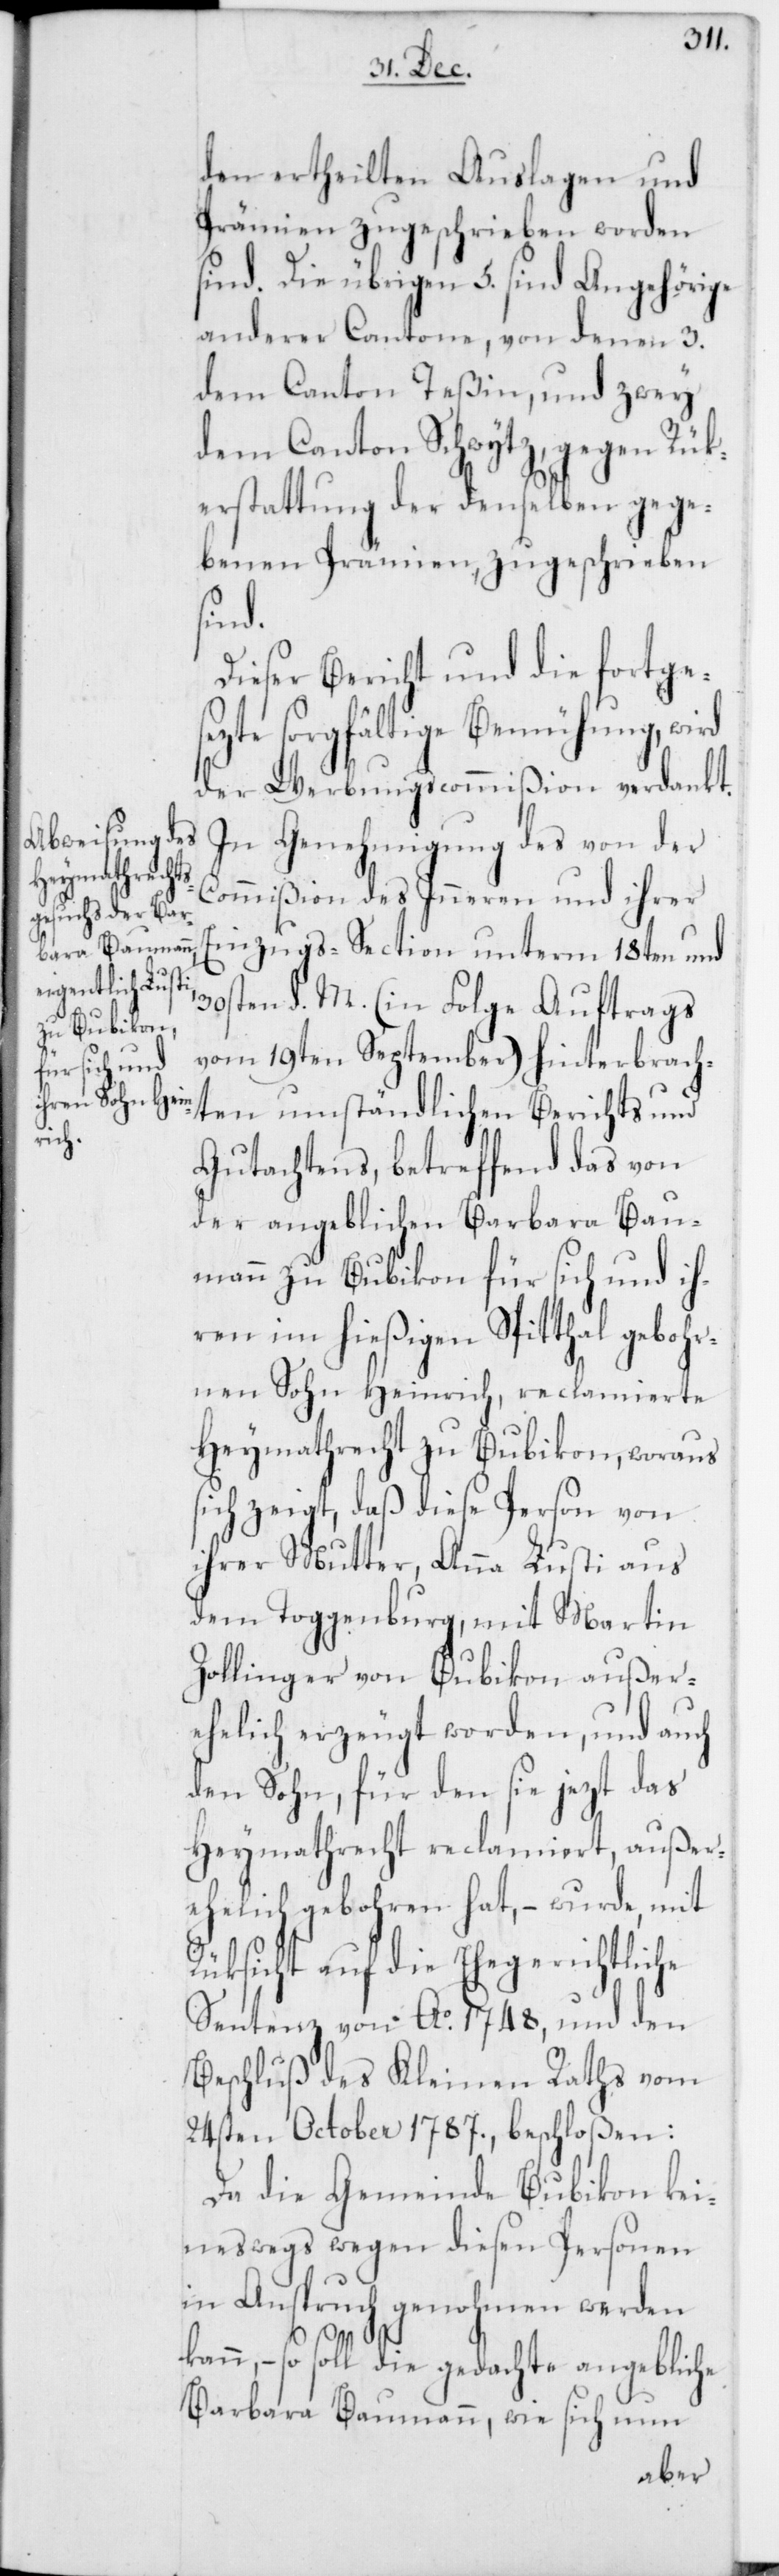
den ertheilten Auslagen und
Prämien zugeschrieben worden
sind. Die übrigen 5. sind Angehörige
anderer Cantone, von denen 3.
dem Canton Teßin und 2.
dem Canton Schwytz, gegen Rük¬
erstattung der denselben gege¬
benen Prämien zugeschrieben
sind.
Dieser Bericht und die fortges¬
ezte sorgfältige Bemühung, wird
der Werbungscommißion verdankt.
In Genehmigung des von der
Commißion des Inneren und ihrer
Einzugs-Section unterm 18ten und
30sten d. M. (in Folge Auftrags
vom 19ten September) hinterbrach¬
ten umständlichen Berichts und
Gutachtens, betreffend das von
der angeblichen Barbara Bau¬
mann zu Bubikon für sich und ih¬
ren im hießigen Spitthal gebohr¬
nen Sohn Heinrich, reclamierte
Heymathrecht zu Bubikon, woraus
sich zeigt, daß diese Person von
ihrer Mutter, Anna Lusti aus
dem Toggenburg, mit Martin
Zollinger von Bubikon außer¬
ehelich erzeugt worden, und auch
den Sohn, für denn sie jezt das
Heymathrecht reclamiert, außer¬
ehelich gebohren hat, – wurde mit
Rüksicht auf die Ehegerichtliche
Sentenz von Ao. 1748, und den
Beschluß des Kleinen Raths vom
24sten October 1787. beschloßen:
Da die Gemeinde Bubikon kei¬
neswegs wegen diesen Personen
in Anspruch genohmen werden
kann, – so soll die gedachte angebliche
Barbara Baumann, wie sich nun